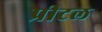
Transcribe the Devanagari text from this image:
प्रीटल